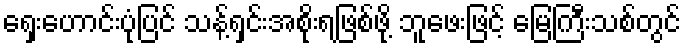
ရှေးဟောင်းပုံပြင် သန့်ရှင်းအစိုးရဖြစ်ဖို့ ဘူဖေးဖြင့် မြေကြီးသစ်တွင်